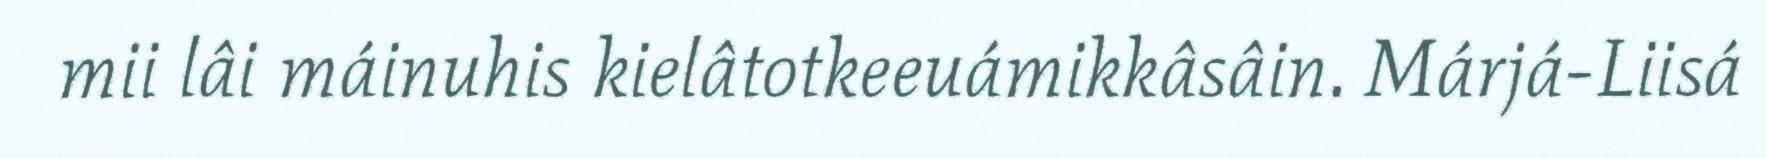
mii lâi máinuhis kielâtotkeeuámikkâsâin. Márjá-Liisá